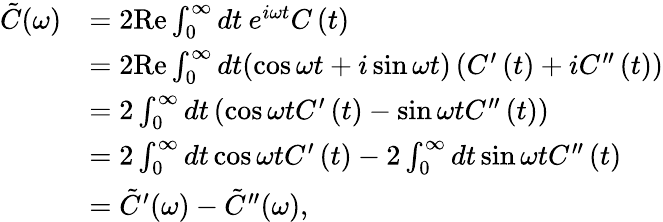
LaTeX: \begin{array}{rl}{\tilde{C}(\omega)}&{=2\mathrm{Re}\int_{0}^{\infty}dt\: e^{i\omega t}C\left(t\right)}\\ &{=2\mathrm{Re}\int_{0}^{\infty}dt(\cos\omega t+i\sin\omega t)\left(C^{\prime}\left(t\right)+iC^{\prime\prime}\left(t\right)\right)}\\ &{=2\int_{0}^{\infty}dt\left(\cos\omega tC^{\prime}\left(t\right)-\sin\omega tC^{\prime\prime}\left(t\right)\right)}\\ &{=2\int_{0}^{\infty}dt\cos\omega tC^{\prime}\left(t\right)-2\int_{0}^{\infty}dt\sin\omega tC^{\prime\prime}\left(t\right)}\\ &{=\tilde{C}^{\prime}(\omega)-\tilde{C}^{\prime\prime}(\omega),}\end{array}